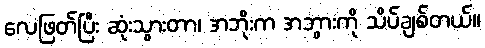
လေဖြတ်ပြီး ဆုံးသွားတာ၊ အဘိုးက အဘွားကို သိပ်ချစ်တယ်။